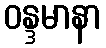
ဝန္ဒမာနာ